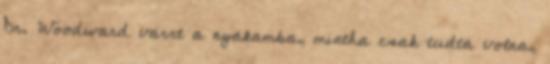
Dr. Woodward varrt a nyakamba, mintha csak tudta volna,